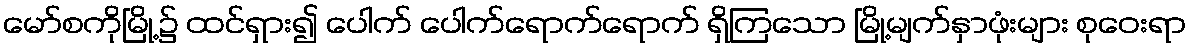
မော်စကိုမြို့၌ ထင်ရှား၍ ပေါက် ပေါက်ရောက်ရောက် ရှိကြသော မြို့မျက်နှာဖုံးများ စုဝေးရာ